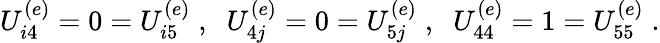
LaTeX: U_{i4}^{(e)}=0=U_{i5}^{(e)}\; ,\; \; U_{4j}^{(e)}=0=U_{5j}^{(e)}\; ,\; \; U_{44}^{(e)}=1=U_{55}^{(e)}\; .